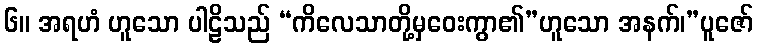
၆။ အရဟံ ဟူသော ပါဠိသည် “ကိလေသာတို့မှဝေးကွာ၏”ဟူသော အနက်၊”ပူဇော်